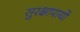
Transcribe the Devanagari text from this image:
सुरक्षापायों